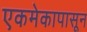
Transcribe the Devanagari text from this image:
एकमेकापासून